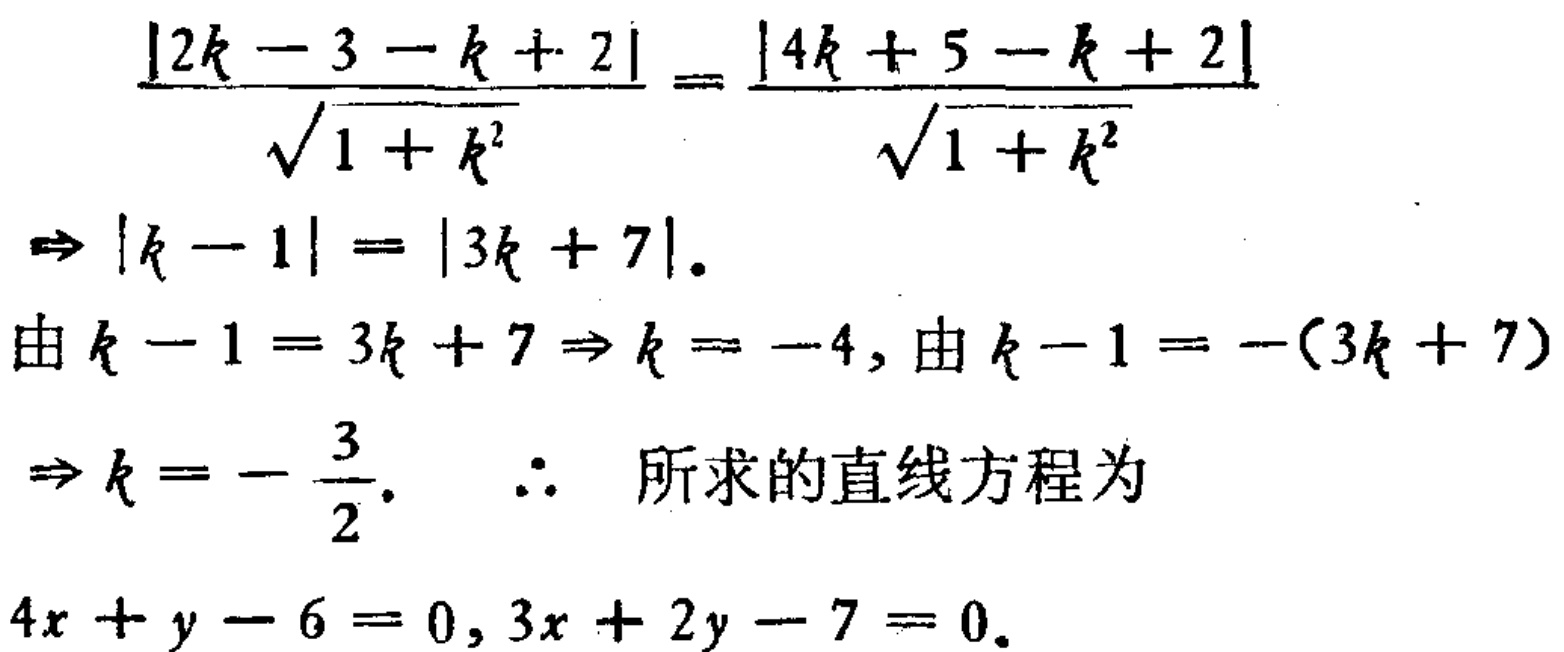
\[\frac{|2k - 3 - k + 2|}{\sqrt{1 + k^{2}}} = \frac{|4k + 5 - k + 2|}{\sqrt{1 + k^{2}}}\]
\[\Rightarrow |k - 1| = |3k + 7|.\]
由\(k - 1 = 3k + 7\Rightarrow k = -4\), 由\(k - 1 = -(3k + 7)\)
\[\Rightarrow k = -\frac{3}{2}.\]
\(\therefore\) 所求的直线方程为
\[4x + y - 6 = 0, 3x + 2y - 7 = 0.\]